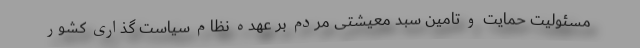
مسئولیت حمایت و تامین سبد معیشتی مردم بر عهده نظام سیاست گذاری کشور